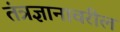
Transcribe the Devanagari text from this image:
तंत्रज्ञानावरील